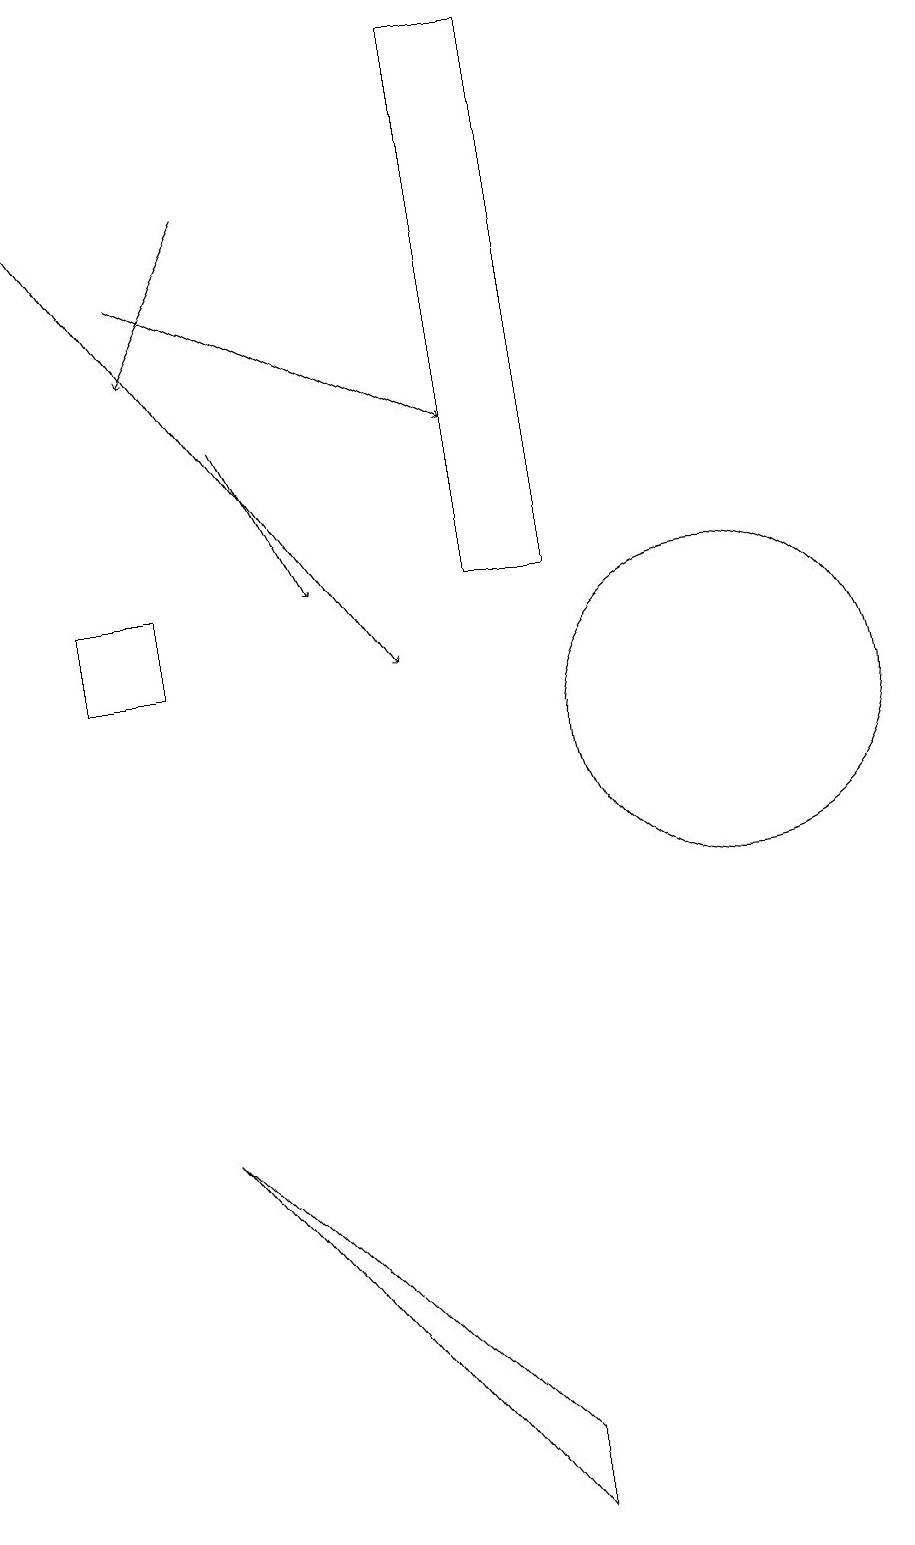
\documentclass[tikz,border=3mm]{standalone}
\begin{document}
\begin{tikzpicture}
\draw[->] (2,18) -- (7,11);
\draw[->] (5,17) -- (4,15);
\draw (3,12) rectangle (4,11);
\draw[->] (5,14) -- (6,12);
\draw (8,12) rectangle (9,19);
\draw[->] (4,16) -- (8,14);
\draw (8,1) -- (8,0) -- (4,5) -- cycle;
\draw (11,10) circle (2);
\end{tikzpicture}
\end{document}